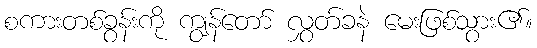
စကားတစ်ခွန်းကို ကျွန်တော် လွှတ်ခနဲ မေးဖြစ်သွား၏။